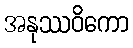
အနုဿဝိကော